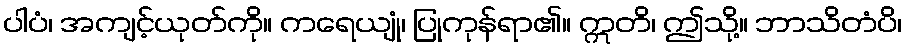
ပါပံ၊ အကျင့်ယုတ်ကို။ ကရေယျုံ၊ ပြုကုန်ရာ၏။ ဣတိ၊ ဤသို့။ ဘာသိတံပိ၊